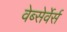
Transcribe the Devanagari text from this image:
वेब्सेर्वेर्स